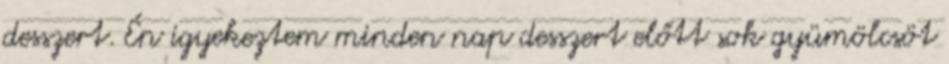
desszert. Én igyekeztem minden nap desszert előtt sok gyümölcsöt